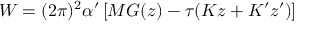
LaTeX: W = ( 2 \pi ) ^ { 2 } \alpha ^ { \prime } \left[ M { \cal G } ( z ) - \tau ( K z + K ^ { \prime } z ^ { \prime } ) \right]